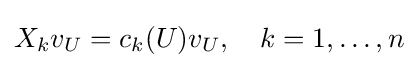
X_{k}v_{U}=c_{k}(U)v_{U},~~~k=1,\dots ,n